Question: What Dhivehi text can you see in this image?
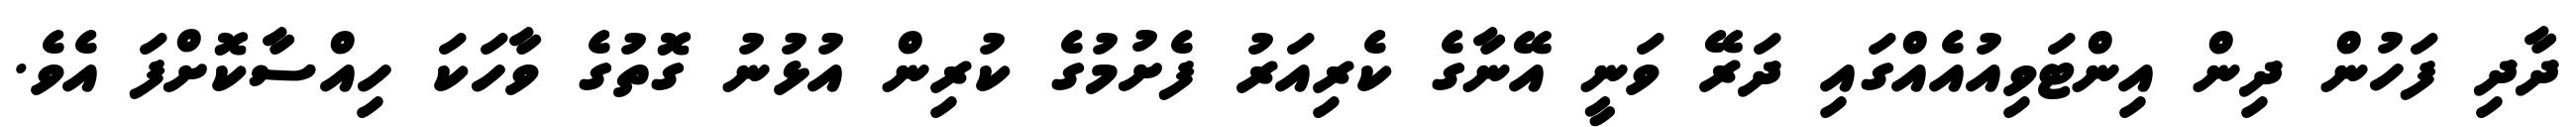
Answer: ދާދި ފަހުން ދިން އިންޓަވިއުއެއްގައި ދަރޭ ވަނީ އޭނާގެ ކެރިއަރު ފެށުމުގެ ކުރިން އުޅުނު ގޮތުގެ ވާހަކަ ހިއްސާކޮށްފަ އެވެ.